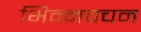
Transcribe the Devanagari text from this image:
भिन्नवचन